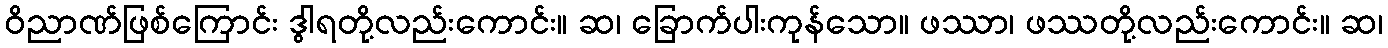
ဝိညာဏ်ဖြစ်ကြောင်း ဒွါရတို့လည်းကောင်း။ ဆ၊ ခြောက်ပါးကုန်သော။ ဖဿာ၊ ဖဿတို့လည်းကောင်း။ ဆ၊